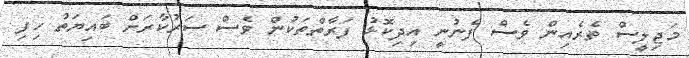
މަޖިލީސް ތެރެއިން ވެސް ފެނުނީ އިދިކޮޅު ފަރާތްތަކުން ވެސް ސަރުކާރަށް ބައިޔަތު ހިފި